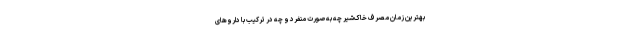
بهترین زمان مصرف خاک‌شیر چه به‌صورت منفرد و چه در ترکیب با داروهای